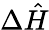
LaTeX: \Delta\hat{H}